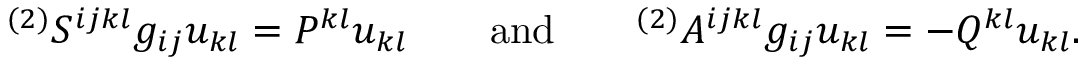
{ } ^ { ( 2 ) } S ^ { i j k l } g _ { i j } u _ { k l } = P ^ { k l } u _ { k l } \qquad \mathrm { a n d } \qquad { } ^ { ( 2 ) } A ^ { i j k l } g _ { i j } u _ { k l } = - Q ^ { k l } u _ { k l } .